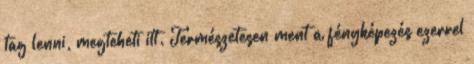
tag lenni, megteheti itt. Természetesen ment a fényképezés ezerrel